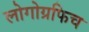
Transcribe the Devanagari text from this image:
लोगोग्रफिच